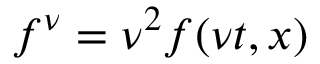
f ^ { \nu } = \nu ^ { 2 } f ( \nu t , x )